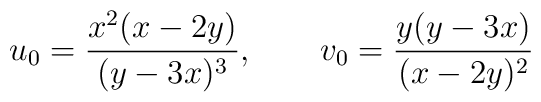
u_0 = \frac{x^2 (x-2y)}{(y-3x)^3},\qquad v_0 = \frac{y (y-3x)}{(x-2y)^2}